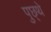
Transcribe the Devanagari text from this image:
पुछ्थे